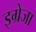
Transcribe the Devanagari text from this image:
इग्रेजा